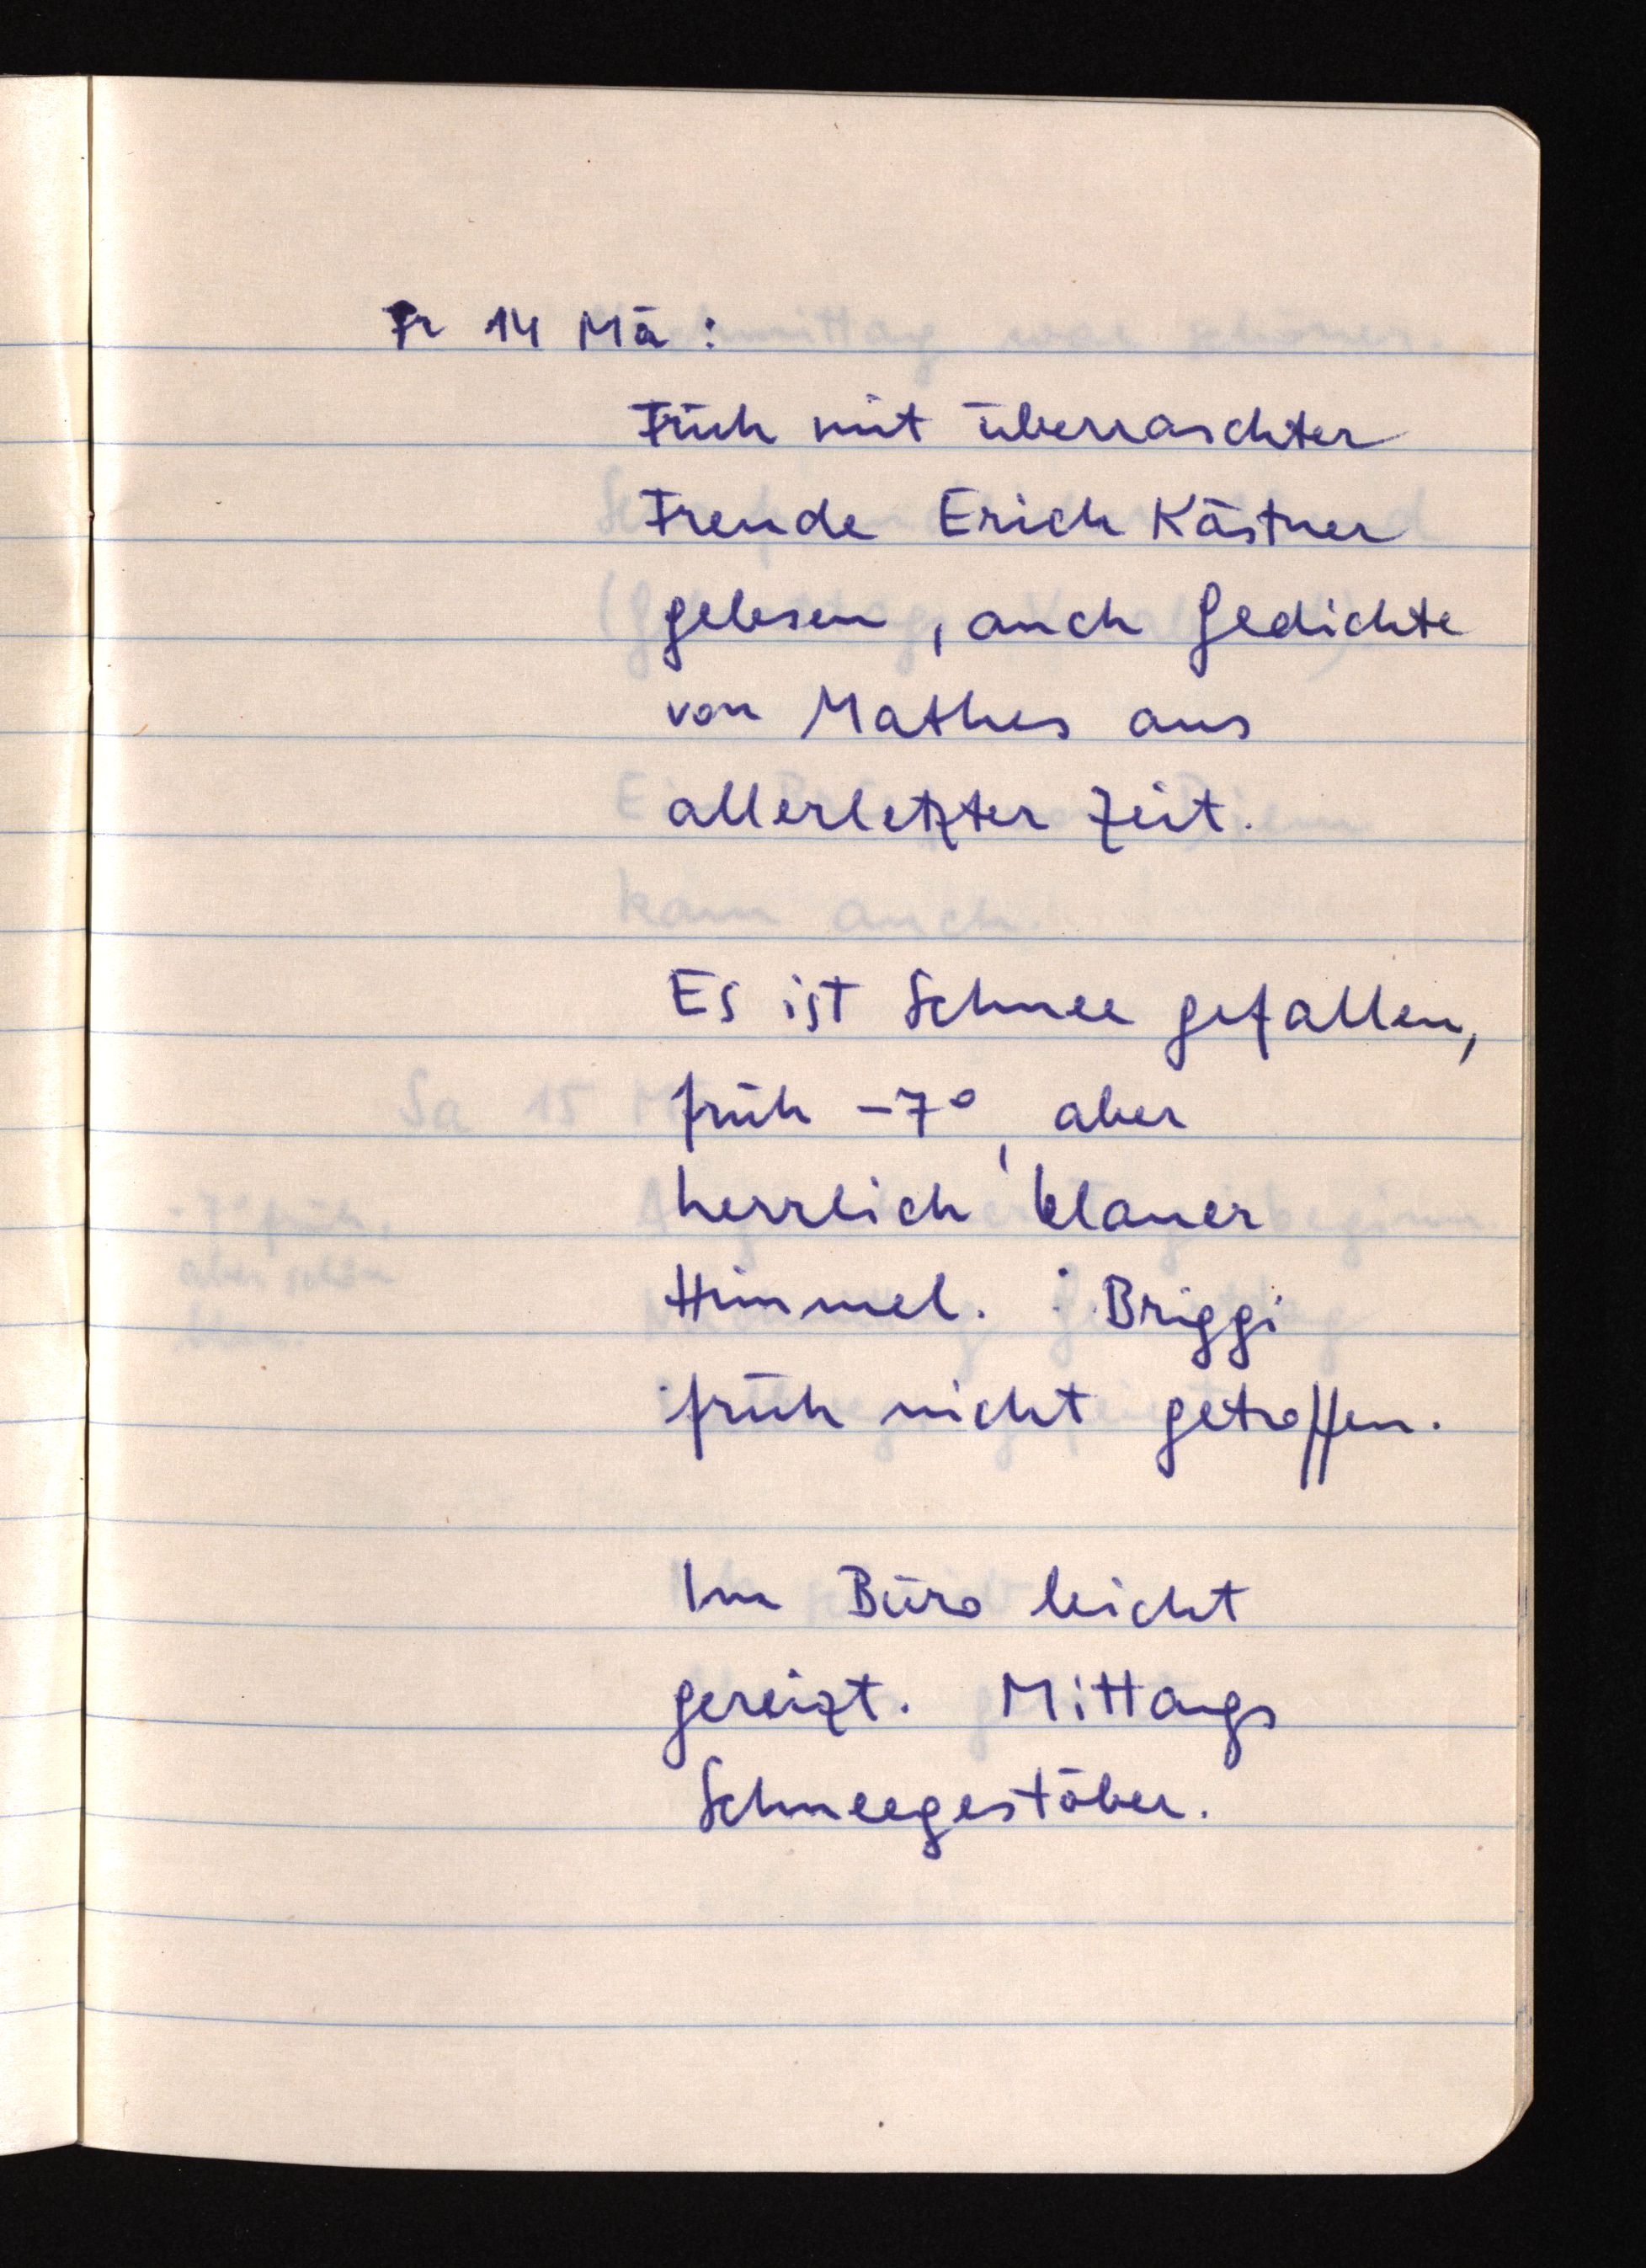
Fr 14 Mä:
Früh mit überraschter
Freude Erich Kästner
gelesen, auch Gedichte
von Mathes aus
allerletzter Zeit.
Es ist Schnee gefallen,
früh -7°, aber
herrlich blauer
Himmel. Briggi
früh nicht getroffen.
Im Büro leicht
gereizt. Mittags
Schneegestöber.